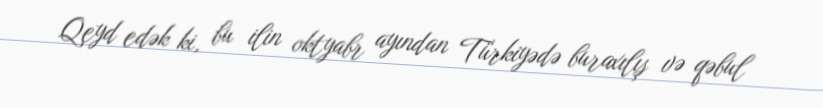
Qeyd edək ki, bu ilin oktyabr ayından Türkiyədə buraxılış və qəbul